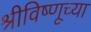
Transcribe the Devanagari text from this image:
श्रीविष्णूच्या